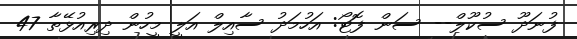
ފުނަދޫ ސުކޫލް-- ސަން ފޮޓޯ: އަހުމަދު ސާއިލް އަލީ މީހުން ދިރިއުޅޭތާ 47